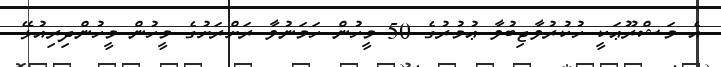
އެ މަޝްރޫޢަކީ ހުކުރުވާޖިބުވާ ޢުމުރުގެ 50 މީހުން ހަމަނުވާ ރަށްރަށުގެ މީހުން މީހުންދިރިއުޅޭ